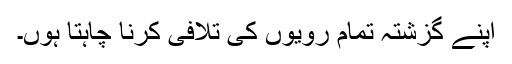
اپنے گزشتہ تمام رویوں کی تلافی کرنا چاہتا ہوں۔